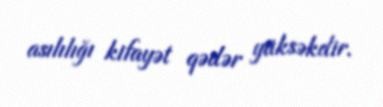
asılılığı kifayət qədər yüksəkdir.